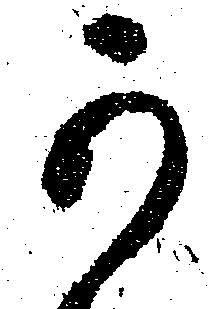
可